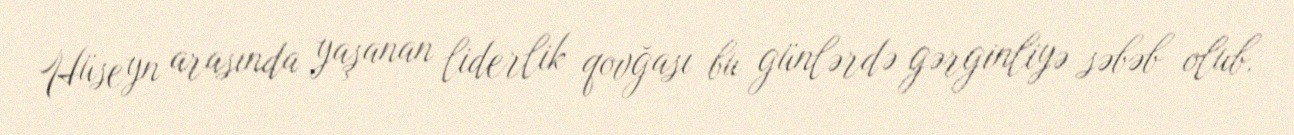
Hüseyn arasında yaşanan liderlik qovğası bu günlərdə gərginliyə səbəb olub.